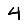
Digit: 4